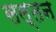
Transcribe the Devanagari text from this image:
सल्तन